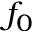
f _ { 0 }